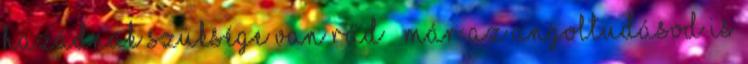
hazádnak szüksége van rád – már az angoltudásod is